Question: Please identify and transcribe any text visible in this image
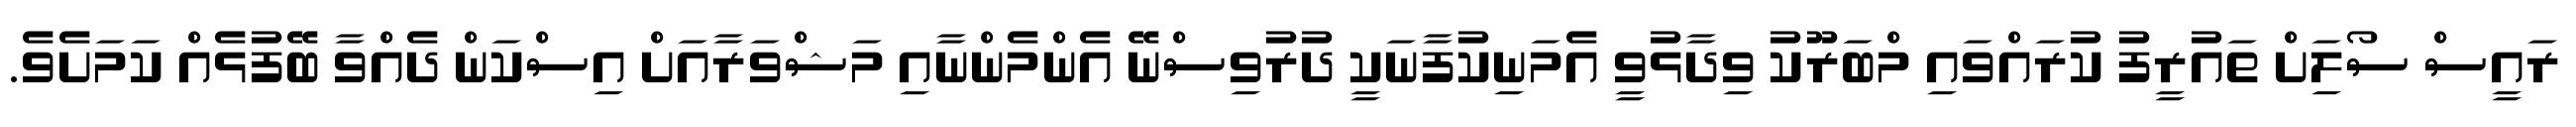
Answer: ރައީސް ސޯލިަށް ތައުރީފު ކުރައްވައި މްބަރޫކު ވިދާޅުވީ އެމަނިކުފާނަކީ ދުރުވިސްނޭ އެންމެންނާއި މަޝްވަރާއަށް އިސްކަން ދެއްވާ ބޭފުޅެއް ކަމަށެވެ.